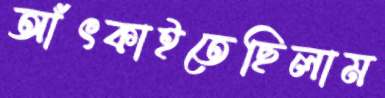
আঁৎকাইতেছিলাম